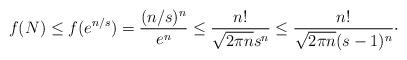
LaTeX: \begin{align*} f(N)\leq f(e^{n/s})=\frac{(n/s)^n}{e^n}\leq \frac{n!}{\sqrt{2\pi n} s^n}\leq \frac{n!}{\sqrt{2\pi n} (s-1)^n}\cdot\end{align*}